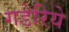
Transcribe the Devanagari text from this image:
गडेरिये